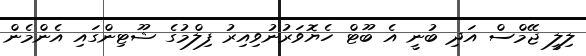
ލިލީ ޖޭމްސް އަދި ބުނީ އެ ބޫޓް ހެޔޮވަރުނުވިއިރު ފިލްމުގެ ޝޫޓިންގައި އެންމެން